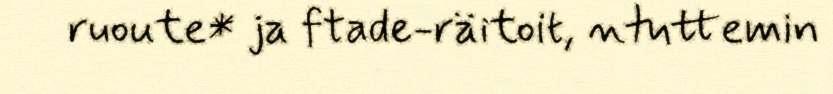
ruoute* ja ftade-räitoit, ntuttemin